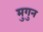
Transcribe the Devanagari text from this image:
मुगुन